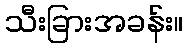
သီးခြားအခန်း။